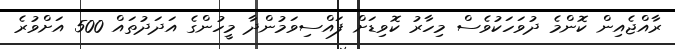
ރާއްޖެއިން ކޮންމެ ދުވަހަކުވެސް މިހާރު ކޮވިޑަށް ފައްސިވަމުންދާ މީހުންގެ އަދަދުތައް 500 އަށްވުރެ